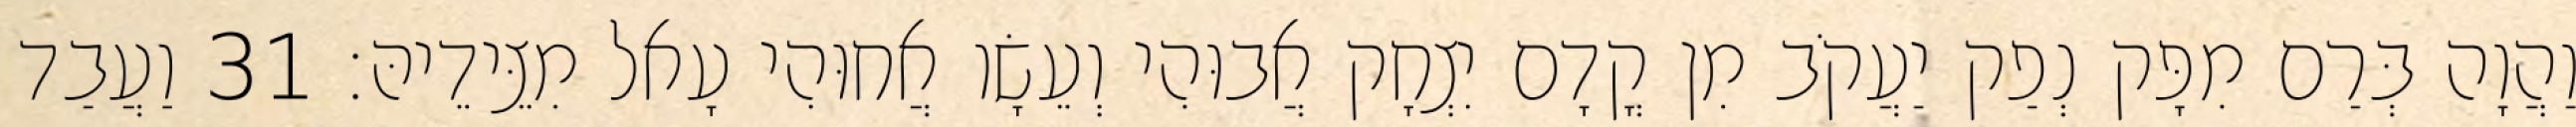
וַהֲוָה בְּרַם מִפָּק נְפַק יַעֲקֹב מִן קֳדָם יִצְחָק אֲבוּהִי וְעֵשָׂו אֲחוּהִי עָאל מִצֵּידֵיהּ׃ 31 וַעֲבַד